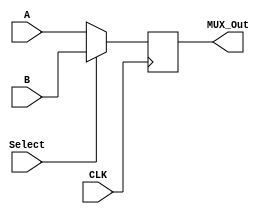
module MUX #(parameter term_size = 9) (

 input CLK,
 input [term_size-1:0] A, //first term
 input [term_size-1:0] B, //second term
 input Select,                 
 output reg [term_size-1:0] MUX_Out
);

always @(posedge CLK)
begin
      if (Select == 0) MUX_Out <= A;  //select input 0
      else if ( Select == 1) MUX_Out <= B;
  end
endmodule